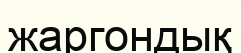
жаргондық